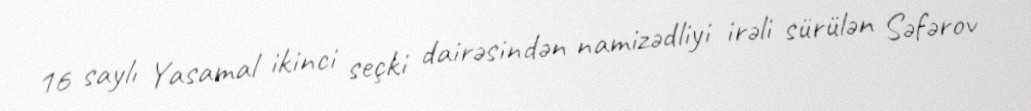
16 saylı Yasamal ikinci seçki dairəsindən namizədliyi irəli sürülən Səfərov